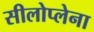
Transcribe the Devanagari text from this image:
सीलोप्लेना